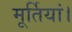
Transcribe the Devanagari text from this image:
मूर्तियां।